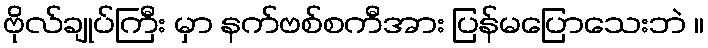
ဗိုလ်ချုပ်ကြီး မှာ နက်ဗစ်စကီအား ပြန်မပြောသေးဘဲ ။